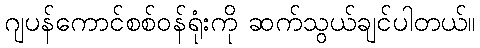
ဂျပန်ကောင်စစ်ဝန်ရုံးကို ဆက်သွယ်ချင်ပါတယ်။